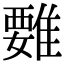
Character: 𩀄